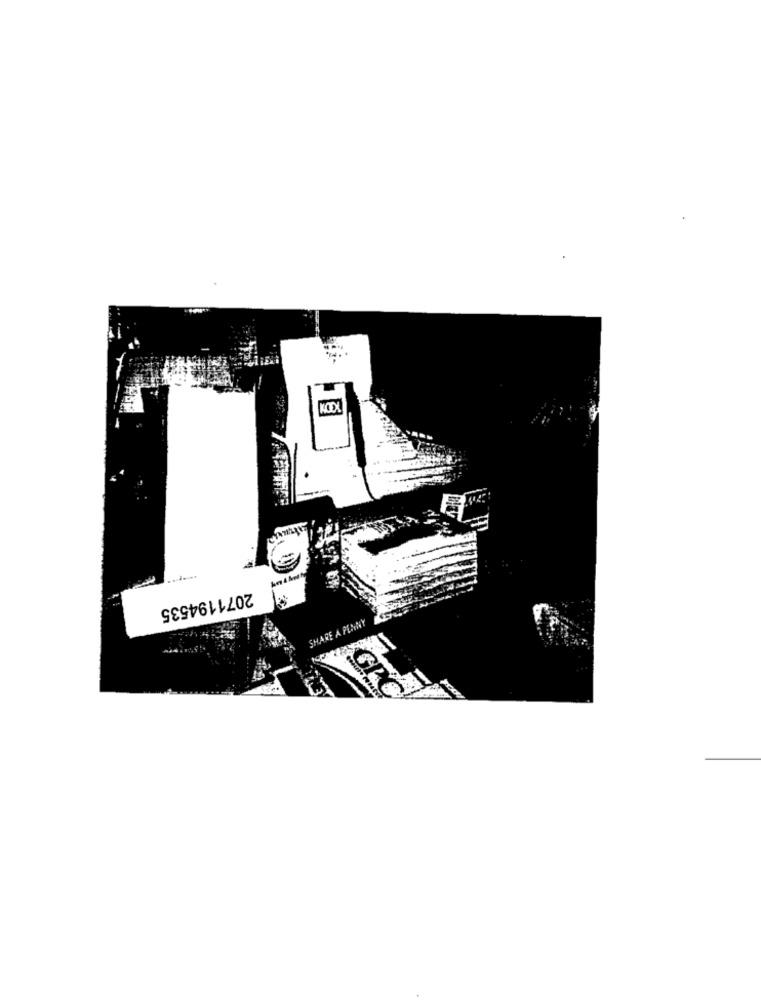
KCEX
2071194535
SHARE A PENNY
GPC